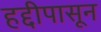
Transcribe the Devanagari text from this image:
हद्दीपासून